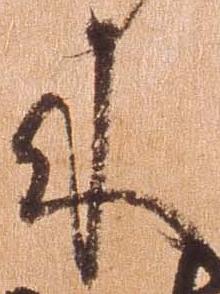
来